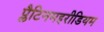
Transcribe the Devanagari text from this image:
प्लैटिनमइरीडियम